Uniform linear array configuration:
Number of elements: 48
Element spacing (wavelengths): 0.75
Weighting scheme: cosine
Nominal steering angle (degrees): -60
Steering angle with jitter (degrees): -60.566
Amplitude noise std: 0.05
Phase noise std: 0.05

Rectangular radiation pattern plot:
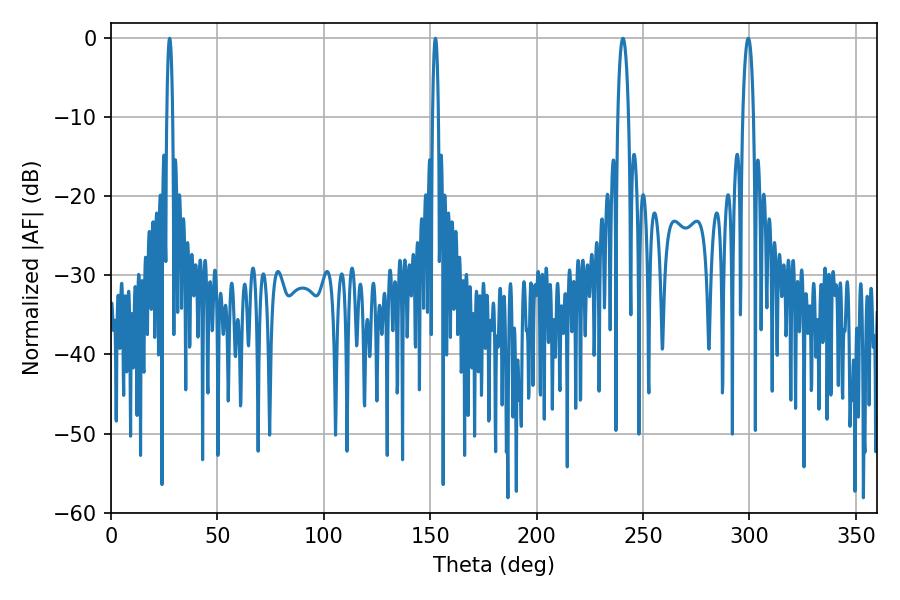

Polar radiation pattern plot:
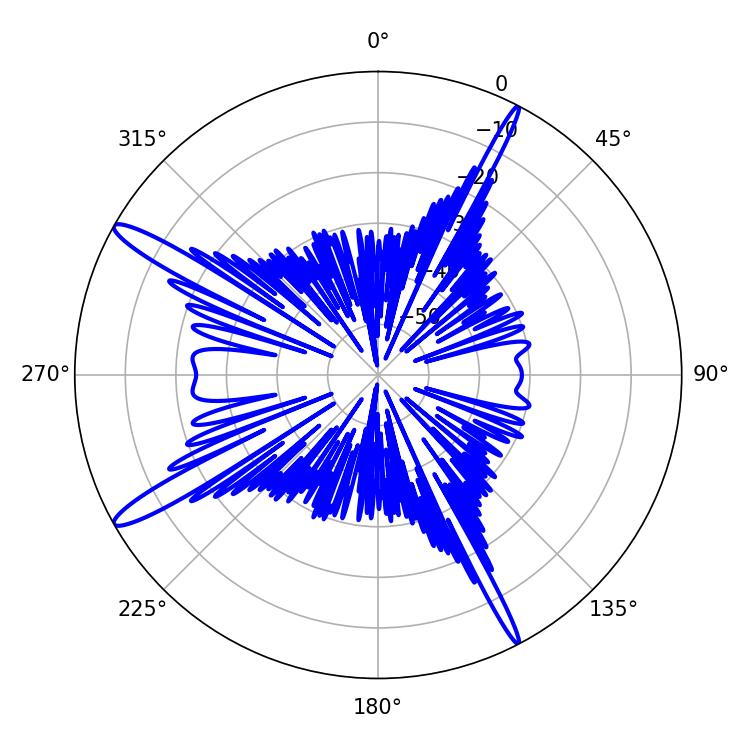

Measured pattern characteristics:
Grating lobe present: TRUE
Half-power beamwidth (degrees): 1.44
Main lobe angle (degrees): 27.54